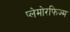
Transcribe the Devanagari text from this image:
प्लेमोरफिज्म